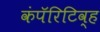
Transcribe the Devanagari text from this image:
कंपॅरिटिव्ह